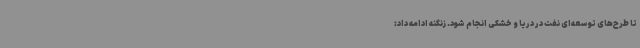
تا طرح‌های توسعه‌ای نفت در دریا و خشکی انجام شود. زنگنه ادامه داد: